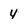
Character: 4